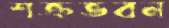
শক্রভবন